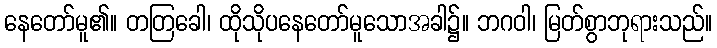
နေတော်မူ၏။ တတြခေါ၊ ထိုသိုပနေတော်မူသောအခါ၌။ ဘဂဝါ၊ မြတ်စွာဘုရားသည်။